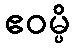
ဧဝမ္ပိ